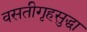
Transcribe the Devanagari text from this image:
वसतीगृहसुद्धा